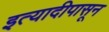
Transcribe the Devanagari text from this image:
इत्यादीपासून